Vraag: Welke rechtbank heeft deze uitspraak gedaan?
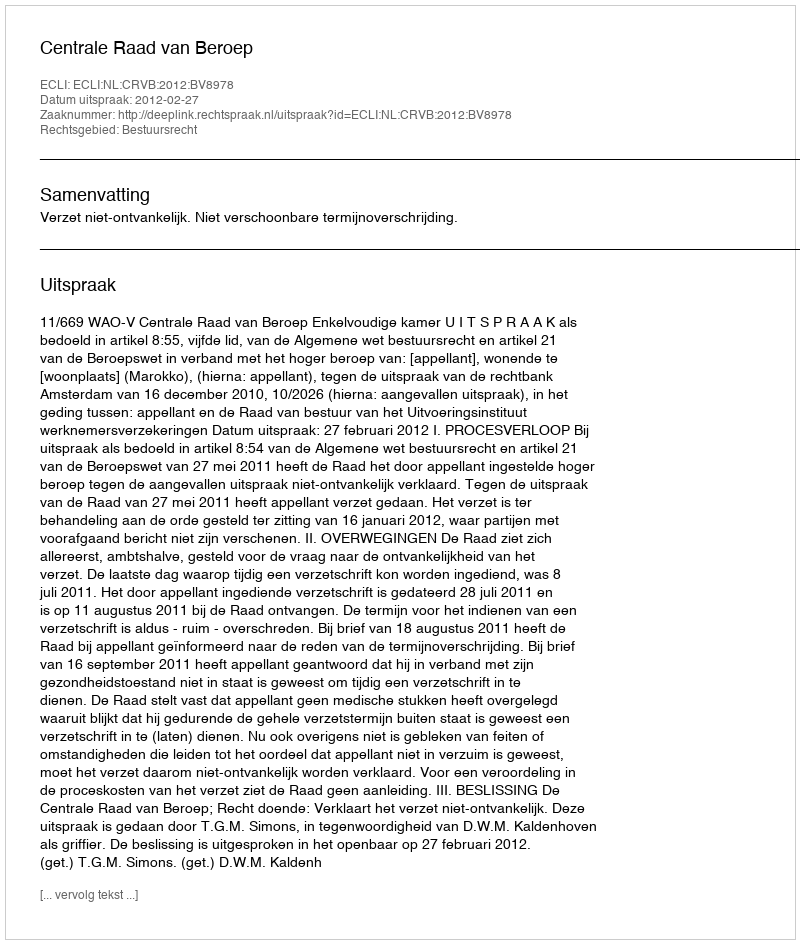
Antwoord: Centrale Raad van Beroep